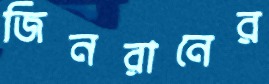
জিনরানের